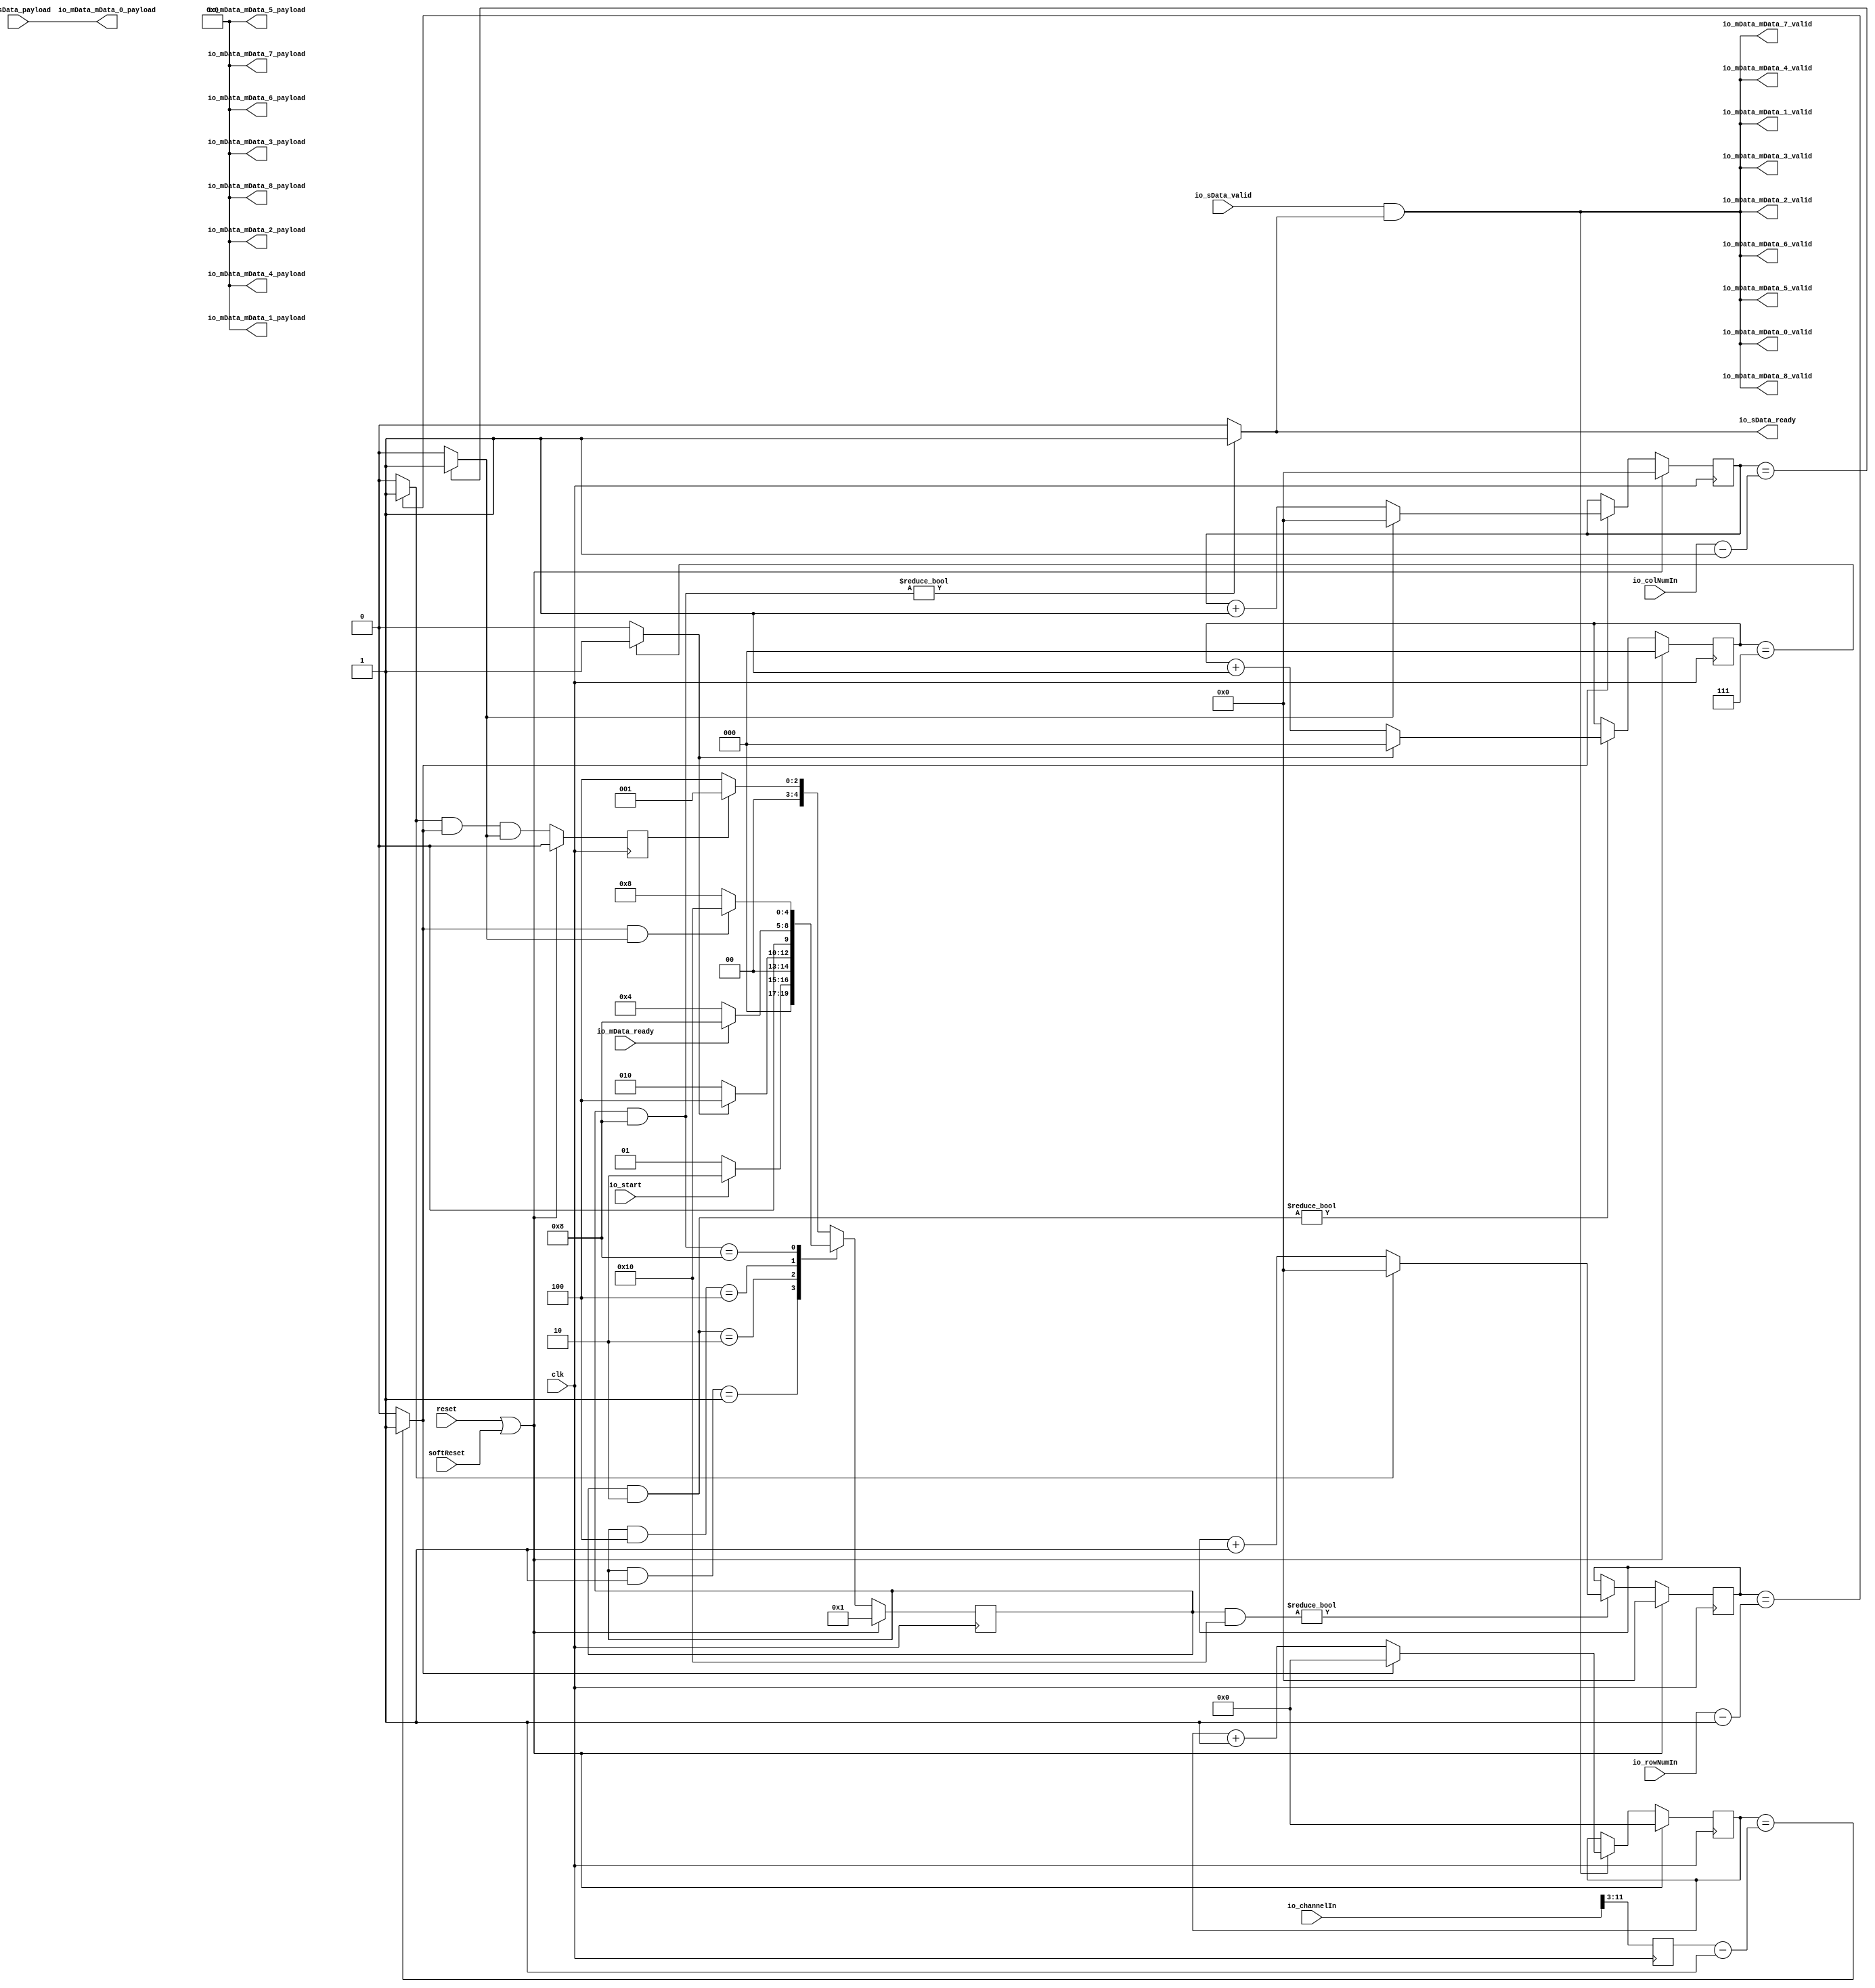
// Generator : SpinalHDL v1.7.3    git head : ed8004c489ee8a38c2cab309d0447b543fe9d5b8
// Component : FeatureConv11Convert

`timescale 1ns/1ps 
module FeatureConv11Convert (
  input               io_sData_valid,
  output reg          io_sData_ready,
  input      [63:0]   io_sData_payload,
  output              io_mData_mData_0_valid,
  output     [63:0]   io_mData_mData_0_payload,
  output              io_mData_mData_1_valid,
  output     [63:0]   io_mData_mData_1_payload,
  output              io_mData_mData_2_valid,
  output     [63:0]   io_mData_mData_2_payload,
  output              io_mData_mData_3_valid,
  output     [63:0]   io_mData_mData_3_payload,
  output              io_mData_mData_4_valid,
  output     [63:0]   io_mData_mData_4_payload,
  output              io_mData_mData_5_valid,
  output     [63:0]   io_mData_mData_5_payload,
  output              io_mData_mData_6_valid,
  output     [63:0]   io_mData_mData_6_payload,
  output              io_mData_mData_7_valid,
  output     [63:0]   io_mData_mData_7_payload,
  output              io_mData_mData_8_valid,
  output     [63:0]   io_mData_mData_8_payload,
  input               io_mData_ready,
  input      [8:0]    io_rowNumIn,
  input      [8:0]    io_colNumIn,
  input               io_start,
  input      [11:0]   io_channelIn,
  input               clk,
  input               reset,
  input               softReset
);
  localparam FeatureWidthConvertEnum_IDLE = 5'd1;
  localparam FeatureWidthConvertEnum_INIT = 5'd2;
  localparam FeatureWidthConvertEnum_FIFO_READY = 5'd4;
  localparam FeatureWidthConvertEnum_SEND = 5'd8;
  localparam FeatureWidthConvertEnum_END_1 = 5'd16;

  wire       [11:0]   _zz_when_WaCounter_l16_1;
  wire       [8:0]    _zz_when_WaCounter_l16_1_1;
  wire       [8:0]    _zz_when_WaCounter_l16_2;
  wire       [8:0]    _zz_when_WaCounter_l16_3;
  wire                fsm_initEnd;
  wire                fsm_fifoReady;
  wire                fsm_sendEnd;
  reg                 fsm_last;
  reg        [4:0]    fsm_currentState;
  reg        [4:0]    fsm_nextState;
  wire                when_WaCounter_l21;
  reg        [2:0]    initCnt_count;
  reg                 initCnt_valid;
  wire                when_WaCounter_l16;
  reg        [8:0]    channelInTimes;
  wire                io_sData_fire;
  reg        [11:0]   channelCnt_count;
  reg                 channelCnt_valid;
  wire                when_WaCounter_l16_1;
  reg        [8:0]    columnCnt_count;
  reg                 columnCnt_valid;
  wire                when_WaCounter_l16_2;
  wire                when_WaCounter_l21_1;
  reg        [8:0]    rowCnt_count;
  reg                 rowCnt_valid;
  wire                when_WaCounter_l16_3;
  wire                io_sData_fire_1;
  wire                io_sData_fire_2;
  wire                io_sData_fire_3;
  wire                io_sData_fire_4;
  wire                io_sData_fire_5;
  wire                io_sData_fire_6;
  wire                io_sData_fire_7;
  wire                io_sData_fire_8;
  wire                io_sData_fire_9;
  wire                when_FeatureConv11Convert_l97;
  `ifndef SYNTHESIS
  reg [79:0] fsm_currentState_string;
  reg [79:0] fsm_nextState_string;
  `endif


  assign _zz_when_WaCounter_l16_1_1 = (channelInTimes - 9'h001);
  assign _zz_when_WaCounter_l16_1 = {3'd0, _zz_when_WaCounter_l16_1_1};
  assign _zz_when_WaCounter_l16_2 = (io_colNumIn - 9'h001);
  assign _zz_when_WaCounter_l16_3 = (io_rowNumIn - 9'h001);
  `ifndef SYNTHESIS
  always @(*) begin
    case(fsm_currentState)
      FeatureWidthConvertEnum_IDLE : fsm_currentState_string = "IDLE      ";
      FeatureWidthConvertEnum_INIT : fsm_currentState_string = "INIT      ";
      FeatureWidthConvertEnum_FIFO_READY : fsm_currentState_string = "FIFO_READY";
      FeatureWidthConvertEnum_SEND : fsm_currentState_string = "SEND      ";
      FeatureWidthConvertEnum_END_1 : fsm_currentState_string = "END_1     ";
      default : fsm_currentState_string = "??????????";
    endcase
  end
  always @(*) begin
    case(fsm_nextState)
      FeatureWidthConvertEnum_IDLE : fsm_nextState_string = "IDLE      ";
      FeatureWidthConvertEnum_INIT : fsm_nextState_string = "INIT      ";
      FeatureWidthConvertEnum_FIFO_READY : fsm_nextState_string = "FIFO_READY";
      FeatureWidthConvertEnum_SEND : fsm_nextState_string = "SEND      ";
      FeatureWidthConvertEnum_END_1 : fsm_nextState_string = "END_1     ";
      default : fsm_nextState_string = "??????????";
    endcase
  end
  `endif

  always @(*) begin
    (* parallel_case *)
    case(1) // synthesis parallel_case
      (((fsm_currentState) & FeatureWidthConvertEnum_IDLE) == FeatureWidthConvertEnum_IDLE) : begin
        if(io_start) begin
          fsm_nextState = FeatureWidthConvertEnum_INIT;
        end else begin
          fsm_nextState = FeatureWidthConvertEnum_IDLE;
        end
      end
      (((fsm_currentState) & FeatureWidthConvertEnum_INIT) == FeatureWidthConvertEnum_INIT) : begin
        if(fsm_initEnd) begin
          fsm_nextState = FeatureWidthConvertEnum_FIFO_READY;
        end else begin
          fsm_nextState = FeatureWidthConvertEnum_INIT;
        end
      end
      (((fsm_currentState) & FeatureWidthConvertEnum_FIFO_READY) == FeatureWidthConvertEnum_FIFO_READY) : begin
        if(fsm_fifoReady) begin
          fsm_nextState = FeatureWidthConvertEnum_SEND;
        end else begin
          fsm_nextState = FeatureWidthConvertEnum_FIFO_READY;
        end
      end
      (((fsm_currentState) & FeatureWidthConvertEnum_SEND) == FeatureWidthConvertEnum_SEND) : begin
        if(fsm_sendEnd) begin
          fsm_nextState = FeatureWidthConvertEnum_END_1;
        end else begin
          fsm_nextState = FeatureWidthConvertEnum_SEND;
        end
      end
      default : begin
        if(fsm_last) begin
          fsm_nextState = FeatureWidthConvertEnum_IDLE;
        end else begin
          fsm_nextState = FeatureWidthConvertEnum_FIFO_READY;
        end
      end
    endcase
  end

  assign when_WaCounter_l21 = ((fsm_currentState & FeatureWidthConvertEnum_INIT) != 5'b00000);
  assign when_WaCounter_l16 = ((initCnt_count == 3'b111) && 1'b1);
  always @(*) begin
    if(when_WaCounter_l16) begin
      initCnt_valid = 1'b1;
    end else begin
      initCnt_valid = 1'b0;
    end
  end

  assign fsm_initEnd = initCnt_valid;
  assign io_sData_fire = (io_sData_valid && io_sData_ready);
  assign when_WaCounter_l16_1 = ((channelCnt_count == _zz_when_WaCounter_l16_1) && 1'b1);
  always @(*) begin
    if(when_WaCounter_l16_1) begin
      channelCnt_valid = 1'b1;
    end else begin
      channelCnt_valid = 1'b0;
    end
  end

  assign when_WaCounter_l16_2 = ((columnCnt_count == _zz_when_WaCounter_l16_2) && 1'b1);
  always @(*) begin
    if(when_WaCounter_l16_2) begin
      columnCnt_valid = 1'b1;
    end else begin
      columnCnt_valid = 1'b0;
    end
  end

  assign when_WaCounter_l21_1 = ((fsm_currentState & FeatureWidthConvertEnum_END_1) != 5'b00000);
  assign when_WaCounter_l16_3 = ((rowCnt_count == _zz_when_WaCounter_l16_3) && 1'b1);
  always @(*) begin
    if(when_WaCounter_l16_3) begin
      rowCnt_valid = 1'b1;
    end else begin
      rowCnt_valid = 1'b0;
    end
  end

  assign fsm_fifoReady = io_mData_ready;
  assign fsm_sendEnd = (channelCnt_valid && columnCnt_valid);
  assign io_mData_mData_1_payload = 64'h0;
  assign io_sData_fire_1 = (io_sData_valid && io_sData_ready);
  assign io_mData_mData_1_valid = io_sData_fire_1;
  assign io_mData_mData_2_payload = 64'h0;
  assign io_sData_fire_2 = (io_sData_valid && io_sData_ready);
  assign io_mData_mData_2_valid = io_sData_fire_2;
  assign io_mData_mData_3_payload = 64'h0;
  assign io_sData_fire_3 = (io_sData_valid && io_sData_ready);
  assign io_mData_mData_3_valid = io_sData_fire_3;
  assign io_mData_mData_4_payload = 64'h0;
  assign io_sData_fire_4 = (io_sData_valid && io_sData_ready);
  assign io_mData_mData_4_valid = io_sData_fire_4;
  assign io_mData_mData_5_payload = 64'h0;
  assign io_sData_fire_5 = (io_sData_valid && io_sData_ready);
  assign io_mData_mData_5_valid = io_sData_fire_5;
  assign io_mData_mData_6_payload = 64'h0;
  assign io_sData_fire_6 = (io_sData_valid && io_sData_ready);
  assign io_mData_mData_6_valid = io_sData_fire_6;
  assign io_mData_mData_7_payload = 64'h0;
  assign io_sData_fire_7 = (io_sData_valid && io_sData_ready);
  assign io_mData_mData_7_valid = io_sData_fire_7;
  assign io_mData_mData_8_payload = 64'h0;
  assign io_sData_fire_8 = (io_sData_valid && io_sData_ready);
  assign io_mData_mData_8_valid = io_sData_fire_8;
  assign io_mData_mData_0_payload = io_sData_payload;
  assign io_sData_fire_9 = (io_sData_valid && io_sData_ready);
  assign io_mData_mData_0_valid = io_sData_fire_9;
  assign when_FeatureConv11Convert_l97 = ((fsm_currentState & FeatureWidthConvertEnum_SEND) != 5'b00000);
  always @(*) begin
    if(when_FeatureConv11Convert_l97) begin
      io_sData_ready = 1'b1;
    end else begin
      io_sData_ready = 1'b0;
    end
  end

  always @(posedge clk) begin
    if(reset || softReset) begin
      fsm_last <= 1'b0;
      fsm_currentState <= FeatureWidthConvertEnum_IDLE;
      initCnt_count <= 3'b000;
      channelCnt_count <= 12'h0;
      columnCnt_count <= 9'h0;
      rowCnt_count <= 9'h0;
    end else begin
      fsm_currentState <= fsm_nextState;
      if(when_WaCounter_l21) begin
        initCnt_count <= (initCnt_count + 3'b001);
        if(initCnt_valid) begin
          initCnt_count <= 3'b000;
        end
      end
      if(io_sData_fire) begin
        channelCnt_count <= (channelCnt_count + 12'h001);
        if(channelCnt_valid) begin
          channelCnt_count <= 12'h0;
        end
      end
      if(channelCnt_valid) begin
        columnCnt_count <= (columnCnt_count + 9'h001);
        if(columnCnt_valid) begin
          columnCnt_count <= 9'h0;
        end
      end
      if(when_WaCounter_l21_1) begin
        rowCnt_count <= (rowCnt_count + 9'h001);
        if(rowCnt_valid) begin
          rowCnt_count <= 9'h0;
        end
      end
      fsm_last <= ((rowCnt_valid && channelCnt_valid) && columnCnt_valid);
    end
  end

  always @(posedge clk) begin
    channelInTimes <= (io_channelIn >>> 3);
  end


endmodule